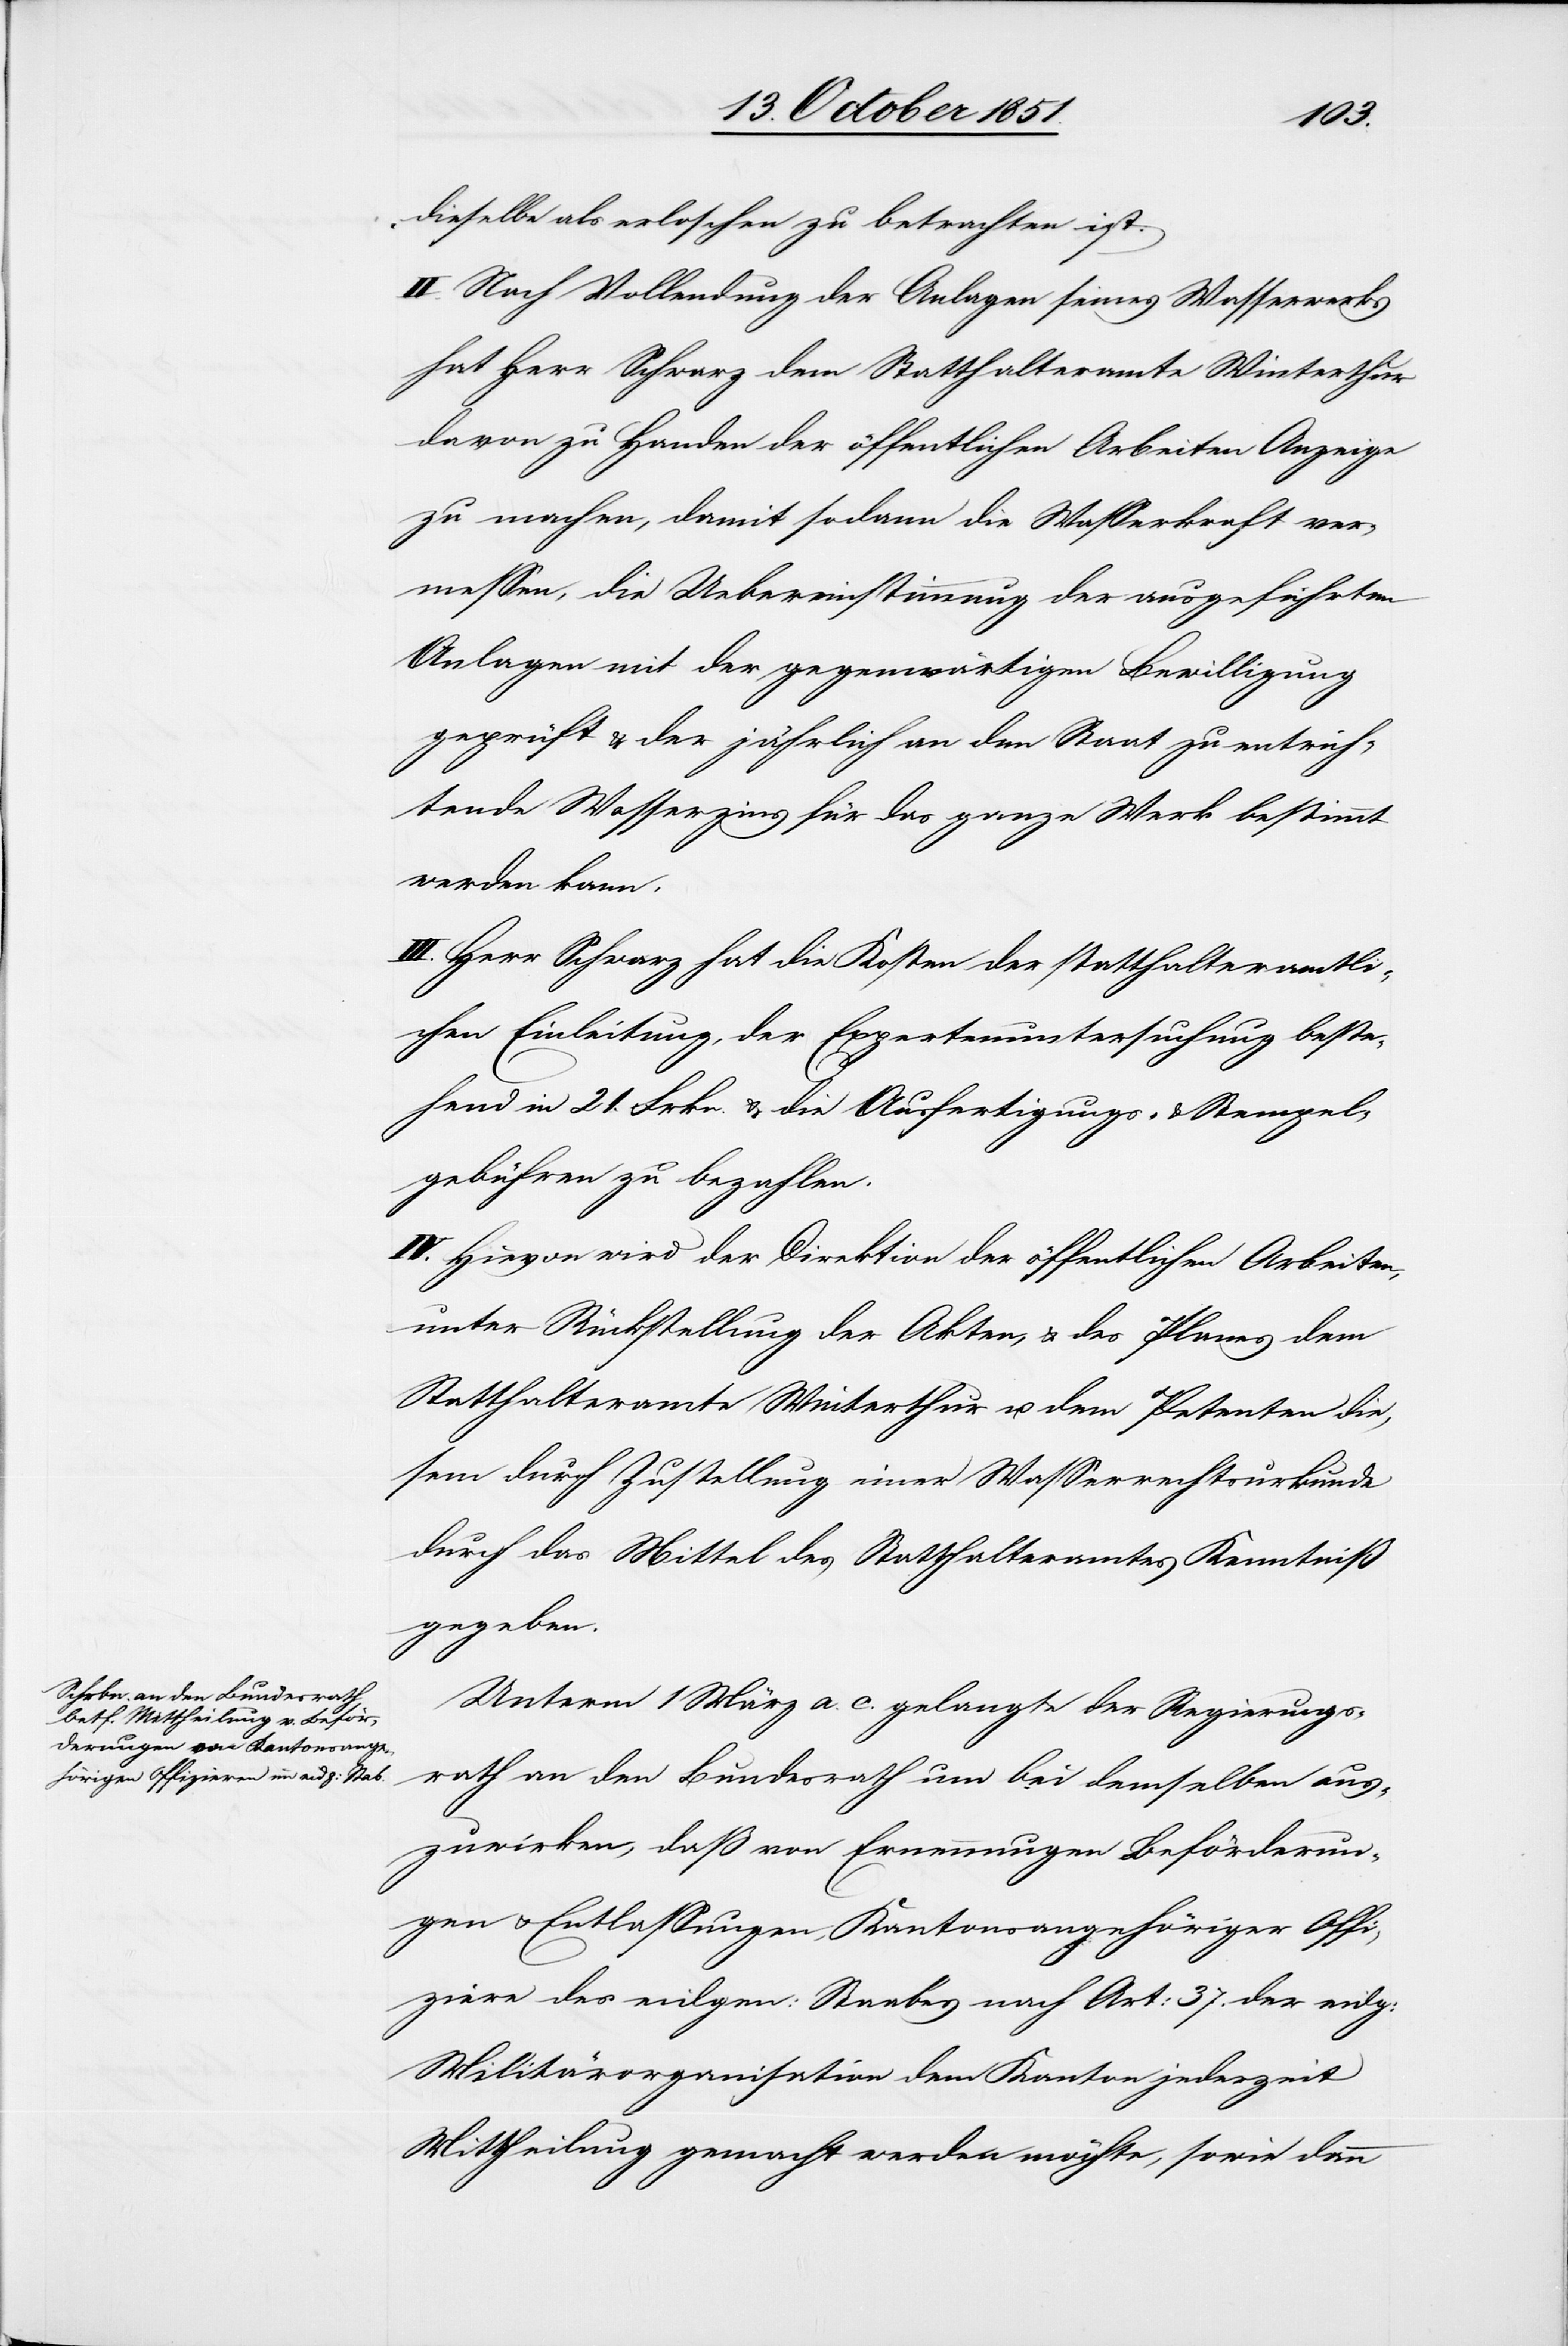
dieselbe als erloschen zu betrachten ist.
II. Nach Vollendung der Anlagen seines Wasserwerks
hat Herr Schwarz dem Statthalteramte Winterthur
davon zu Handen der öffentlichen Arbeiten Anzeige
zu machen, damit sodann die Wasserkraft ver¬
messen, die Uebereinstimmung der ausgeführten
Anlagen mit der gegenwärtigen Bewilligung
geprüft & der jährlich an den Staat zu entrich¬
tende Wasserzins für das ganze Werk bestimmt
werden kann.
III. Herr Schwarz hat die Kosten der statthalteramtli¬
chen Einleitung, der Expertenuntersuchung beste¬
hend in 21. Frkn. & die Ausfertigungs- & Stempel¬
gebühren zu bezahlen.
IV. Hievon wird der Direktion der öffentlichen Arbeiten,
unter Rückstellung der Akten, & des Planes dem
Statthalteramte Winterthur u. dem Petenten die¬
sem durch Zustellung einer Wasserrechtsurkunde
durch das Mittel des Statthalteramtes Kenntniß
gegeben.
Unterm 1 März a. c. gelangte der Regierungs¬
rath an den Bundesrath um bei demselben aus¬
zuwirken, daß von Ernennungen[,] Beförderun¬
gen & Entlassungen, Kantonsangehöriger Offi¬
ziere des eidgen: Staabes nach Art: 37. der eidg:
Militärorganisation dem Kanton jederzeit
Mittheilung gemacht werden möchte, sowie dann